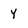
Character: y